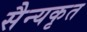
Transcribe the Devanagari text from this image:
सैन्यकृत